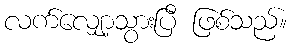
လက်လျှော့သွားပြီ ဖြစ်သည်။